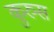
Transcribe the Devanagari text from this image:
कुरुस